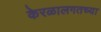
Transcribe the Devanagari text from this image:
केरळालगतच्या